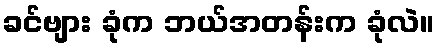
ခင်ဗျား ခုံက ဘယ်အတန်းက ခုံလဲ။